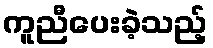
ကူညီပေးခဲ့သည့်